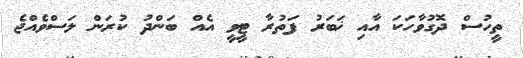
ތީހުސް ދޮގުވާހަކަ އާއި ޚަބަރު ފަތުރާ ޓީވީ އެއް ބަންދު ކުރަން ލަސްވެއްޖެ